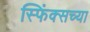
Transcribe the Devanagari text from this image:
स्फिंक्सच्या